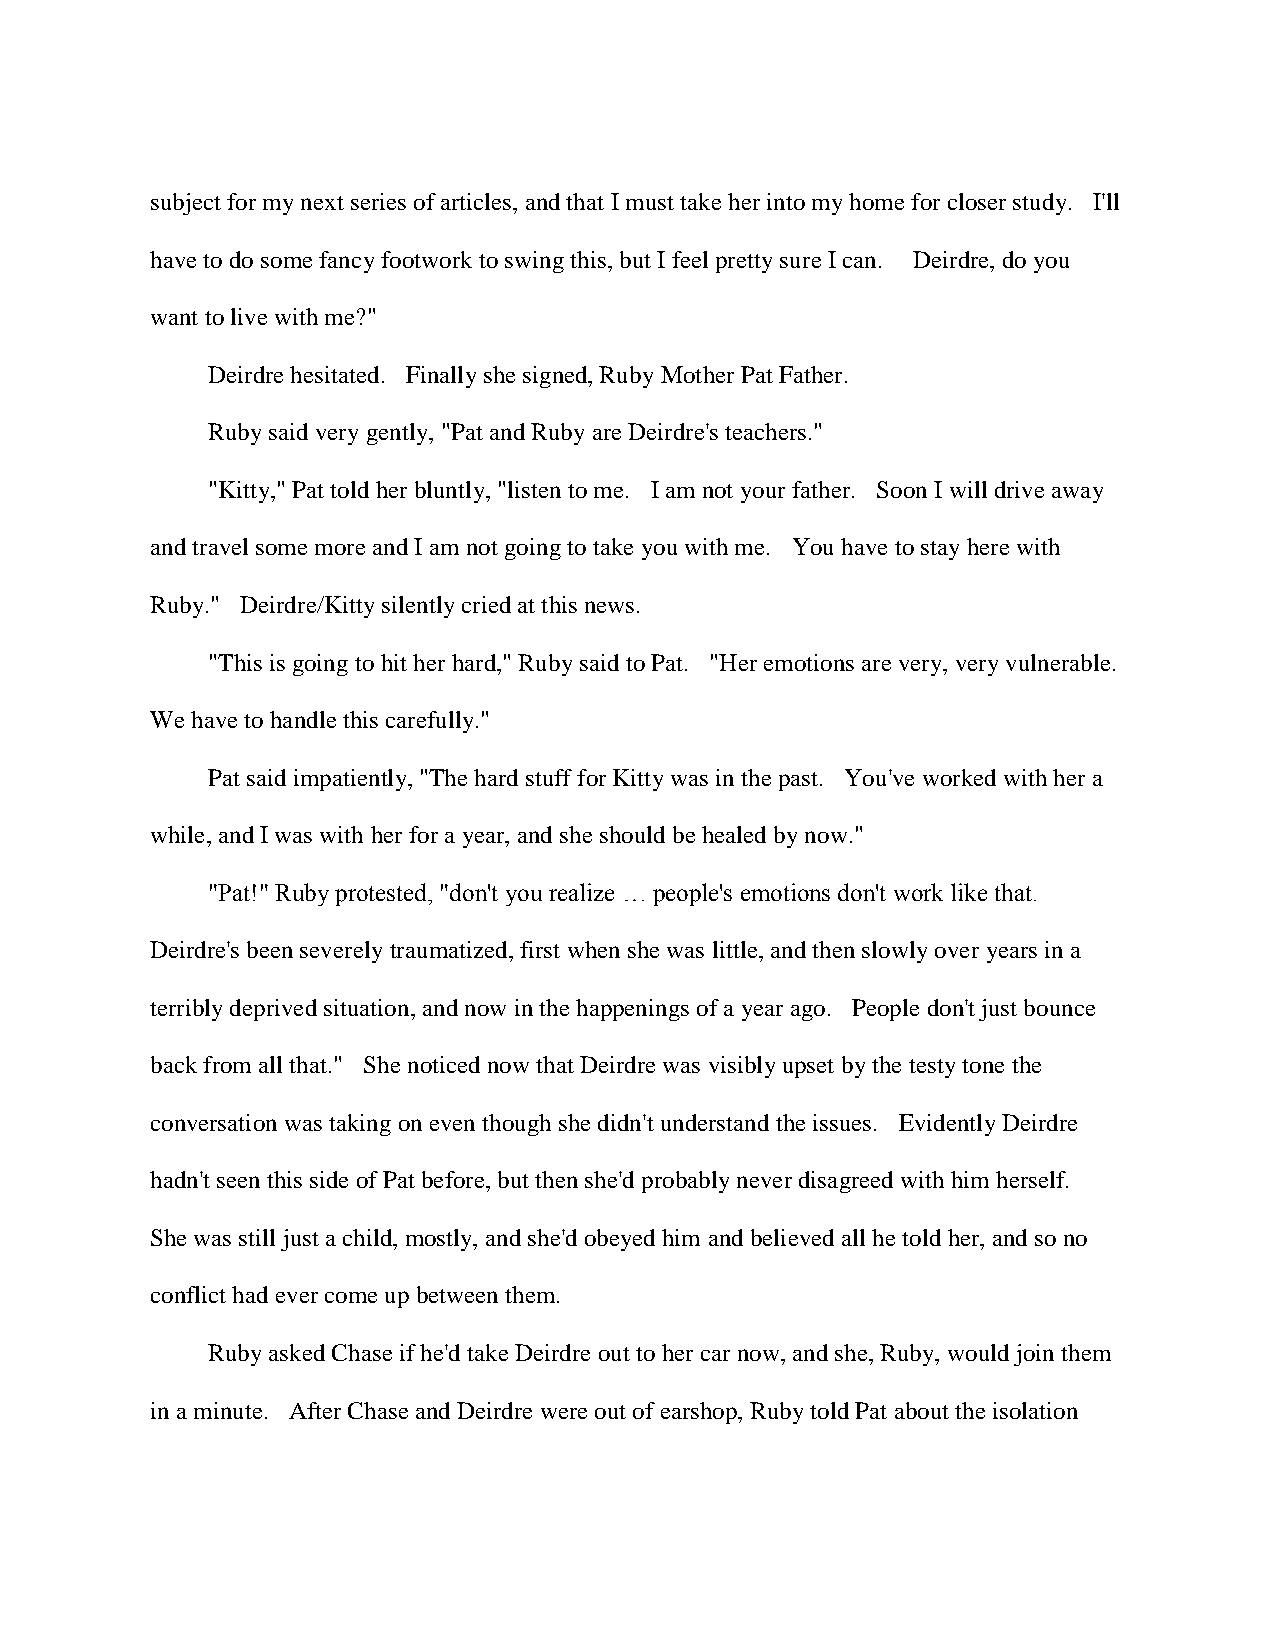
subject for my next series of articles, and that I must take her into my home for closer study. I'll
 have to do some fancy footwork to swing this, but I feel pretty sure I can. Deirdre, do you
 want to live with me?"
 Deirdre hesitated. Finally she signed, Ruby Mother Pat Father.
 Ruby said very gently, "Pat and Ruby are Deirdre's teachers."
 "Kitty," Pat told her bluntly, "listen to me. I am not your father. Soon I will drive away
 and travel some more and I am not going to take you with me. You have to stay here with
 Ruby." Deirdre/Kitty silently cried at this news.
 "This is going to hit her hard," Ruby said to Pat. "Her emotions are very, very vulnerable.
 We have to handle this carefully."
 Pat said impatiently, "The hard stuff for Kitty was in the past. You've worked with her a
 while, and I was with her for a year, and she should be healed by now."
 "Pat!" Ruby protested, "don't you realize … people's emotions don't work like that.
 Deirdre's been severely traumatized, first when she was little, and then slowly over years in a
 terribly deprived situation, and now in the happenings of a year ago. People don't just bounce
 back from all that." She noticed now that Deirdre was visibly upset by the testy tone the
 conversation was taking on even though she didn't understand the issues. Evidently Deirdre
 hadn't seen this side of Pat before, but then she'd probably never disagreed with him herself.
 She was still just a child, mostly, and she'd obeyed him and believed all he told her, and so no
 conflict had ever come up between them.
 Ruby asked Chase if he'd take Deirdre out to her car now, and she, Ruby, would join them
 in a minute. After Chase and Deirdre were out of earshop, Ruby told Pat about the isolation